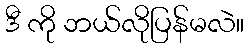
ဒီ ကို ဘယ်လိုပြန်မလဲ။